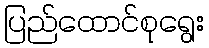
ပြည်ထောင်စုရွေး